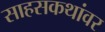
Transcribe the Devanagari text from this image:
साहसकथांवर